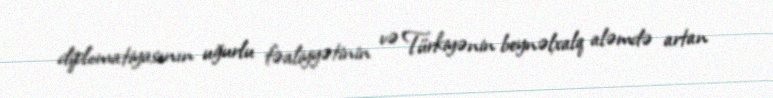
diplomatiyasının uğurlu fəaliyyətinin və Türkiyənin beynəlxalq aləmdə artan